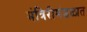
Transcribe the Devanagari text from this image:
मंत्रिरीमंडळात